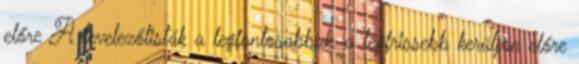
előre A levelezőlisták a legfontosabbak, a legfrissebb kerüljön előre